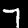
Digit: 7